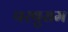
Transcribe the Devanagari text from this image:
परषुराम